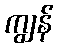
ကျွန်